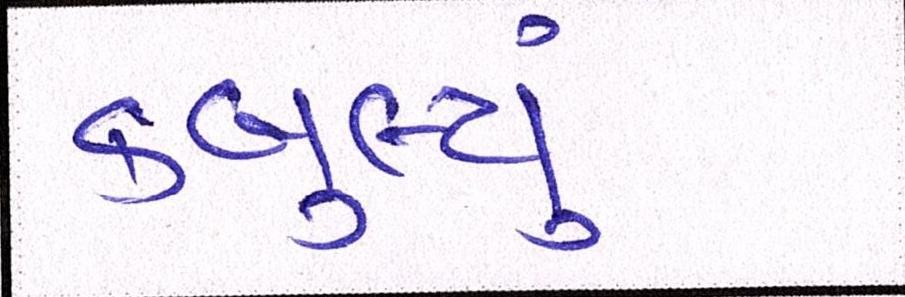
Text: કબુલ્યું